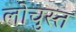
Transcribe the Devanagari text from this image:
लोचुस्त